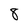
Character: 8